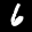
Label: 6